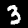
Label: 3